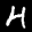
Label: 4